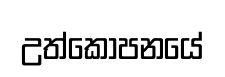
උත්කෝපනයේ